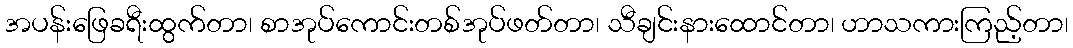
အပန်းဖြေခရီးထွက်တာ၊ စာအုပ်ကောင်းတစ်အုပ်ဖတ်တာ၊ သီချင်းနားထောင်တာ၊ ဟာသကားကြည့်တာ၊